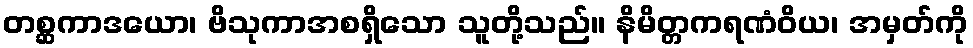
တစ္ဆကာဒယော၊ ဗိသုကာအစရှိသော သူတို့သည်။ နိမိတ္တကရဏံဝိယ၊ အမှတ်ကို